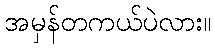
အမှန်တကယ်ပဲလား။